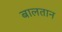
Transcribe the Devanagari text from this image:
बालतान